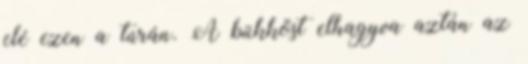
elé ezen a túrán. A bükköst elhagyva aztán az